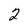
Character: 2